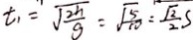
t _ { 1 } = \sqrt { \frac { 2 h } { g } } = \sqrt { \frac { 5 } { 1 0 } } = \frac { \sqrt { 2 } } { 2 } s